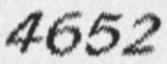
4652